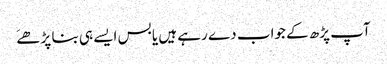
آپ پڑھ کے جواب دے رہے ہیں یا بس ایسے ہی بنا پڑھےَ